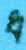
ধ